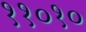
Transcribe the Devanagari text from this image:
११०१०